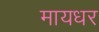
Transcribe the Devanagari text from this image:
मायधर